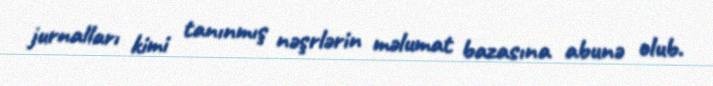
jurnalları kimi tanınmış nəşrlərin məlumat bazasına abunə olub.